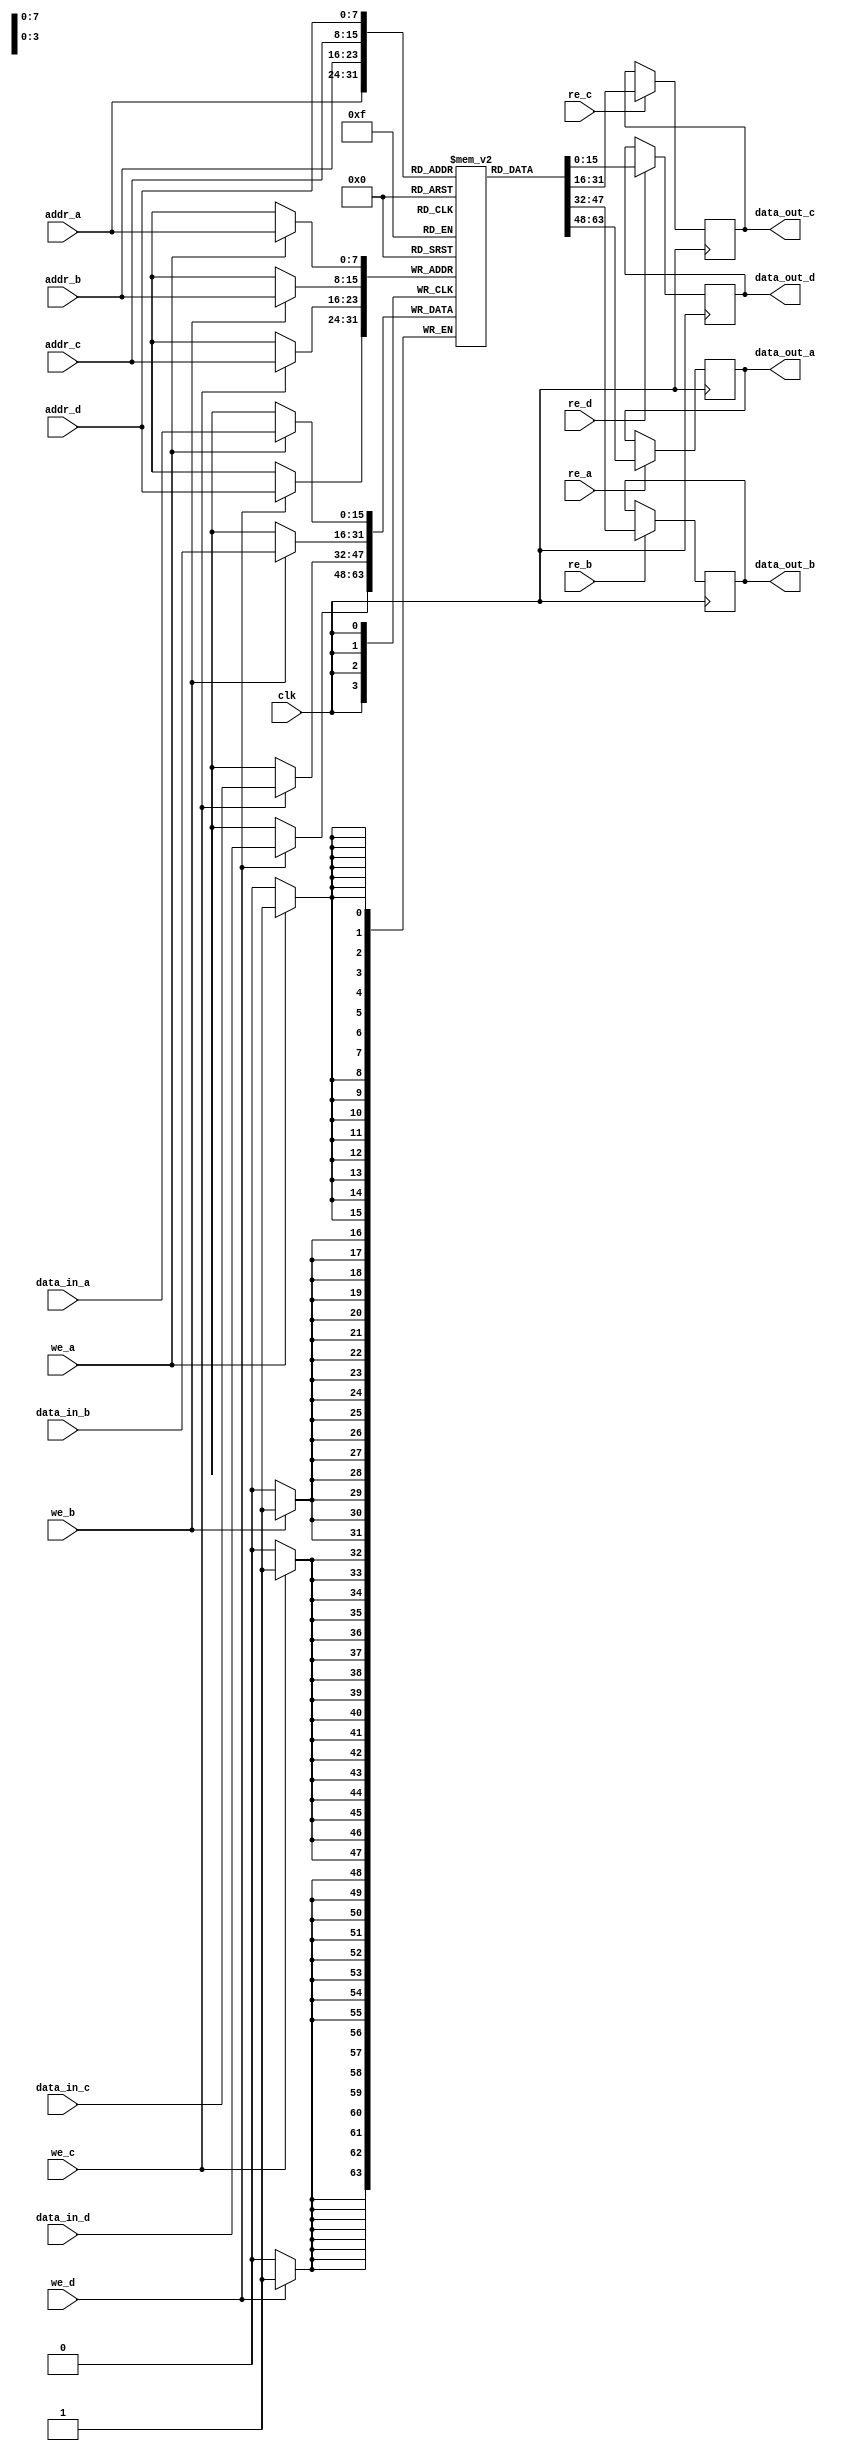
module quad_port_ram #(
    parameter N = 8, // Address width (bits)
    parameter M = 16 // Data width (bits)
)(
    input wire clk,                  // Clock signal
    input wire [N-1:0] addr_a,      // Address for Port A
    input wire [M-1:0] data_in_a,    // Data input for Port A
    input wire we_a,                 // Write enable for Port A
    input wire re_a,                 // Read enable for Port A
    output reg [M-1:0] data_out_a,   // Data output for Port A

    input wire [N-1:0] addr_b,      // Address for Port B
    input wire [M-1:0] data_in_b,    // Data input for Port B
    input wire we_b,                 // Write enable for Port B
    input wire re_b,                 // Read enable for Port B
    output reg [M-1:0] data_out_b,   // Data output for Port B

    input wire [N-1:0] addr_c,      // Address for Port C
    input wire [M-1:0] data_in_c,    // Data input for Port C
    input wire we_c,                 // Write enable for Port C
    input wire re_c,                 // Read enable for Port C
    output reg [M-1:0] data_out_c,   // Data output for Port C

    input wire [N-1:0] addr_d,      // Address for Port D
    input wire [M-1:0] data_in_d,    // Data input for Port D
    input wire we_d,                 // Write enable for Port D
    input wire re_d,                 // Read enable for Port D
    output reg [M-1:0] data_out_d    // Data output for Port D
);
    // Memory array
    reg [M-1:0] ram [(1 << N)-1:0]; // 2^N addresses of M bits each

    // Read and write logic
    always @(posedge clk) begin
        // Port A
        if (we_a) begin
            ram[addr_a] <= data_in_a; // Write data
        end
        if (re_a) begin
            data_out_a <= ram[addr_a]; // Read data
        end
        
        // Port B
        if (we_b) begin
            ram[addr_b] <= data_in_b; // Write data
        end
        if (re_b) begin
            data_out_b <= ram[addr_b]; // Read data
        end
        
        // Port C
        if (we_c) begin
            ram[addr_c] <= data_in_c; // Write data
        end
        if (re_c) begin
            data_out_c <= ram[addr_c]; // Read data
        end
        
        // Port D
        if (we_d) begin
            ram[addr_d] <= data_in_d; // Write data
        end
        if (re_d) begin
            data_out_d <= ram[addr_d]; // Read data
        end
    end
endmodule